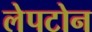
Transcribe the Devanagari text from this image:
लेपटोन